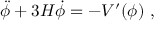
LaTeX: \ddot { \phi } + 3 H \dot { \phi } = - { V ^ { \prime } ( \phi ) } \ ,